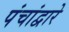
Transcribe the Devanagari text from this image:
पंचांद्वारे